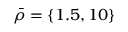
\bar { \rho } = \{ 1 . 5 , 1 0 \}